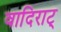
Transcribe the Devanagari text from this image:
वादिराट्